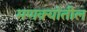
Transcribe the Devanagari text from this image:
मणक्यांतील